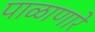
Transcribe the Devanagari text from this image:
पाळाणारे